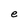
Character: e